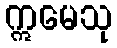
ဣမေသု